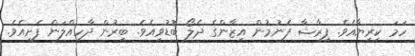
ހަމަ ކިރިޔާއެވެ. ފިރާޝާ ފެނުމުން އިޒާންގެ ދެލޯ ބޮޑުވިއެވެ. ބިރުން ދާހިއްލަން ފެށިއެވެ.